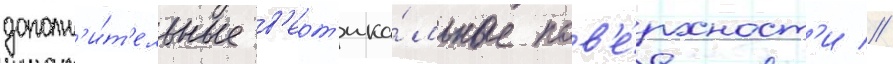
дополн'и́т'ельные в'ерт'ика́льные пов'е́рхност'и //